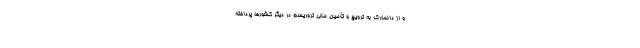
و از دانمارک به ترویج و تأمین مالی تروریسم در دیگر کشورها پرداخته